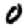
Digit: 0